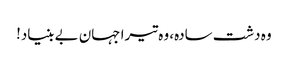
وہ دشت سادہ، وہ تیرا جہان بے بنیاد!